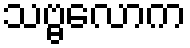
သဗ္ဗလောက